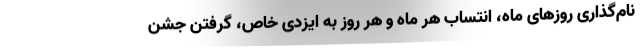
نام‌گذاری روزهای ماه، انتساب هر ماه و هر روز به ایزدی خاص، گرفتن جشن